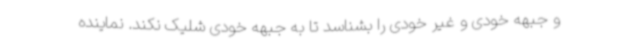
و جبهه خودی و غیر خودی را بشناسد تا به جبهه خودی شلیک نکند. نماینده